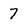
Character: 7